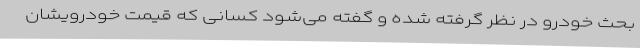
بحث خودرو در نظر گرفته‌ شده و گفته می‌شود کسانی که قیمت خودرویشان